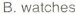
B.watches